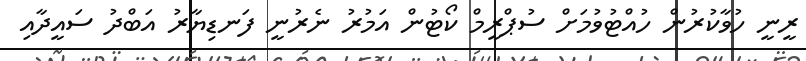
ރީނީ ހުވާކުރުން ހުއްޓުވުމަށް ސުޕްރީމް ކޯޓުން އަމުރު ނެރުނީ ފަނޑިޔާރު އަބްދު ސައީދާއި